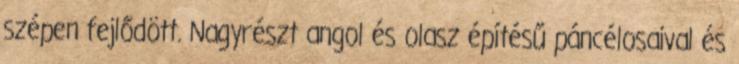
szépen fejlődött. Nagyrészt angol és olasz építésű páncélosaival és